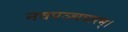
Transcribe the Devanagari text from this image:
नवपञ्चवारम्।